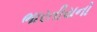
ભારતીયનો